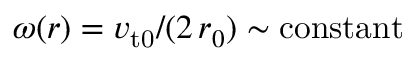
\omega ( r ) = v _ { \mathrm { t 0 } } / ( 2 \, r _ { 0 } ) \sim \mathrm { c o n s t a n t }